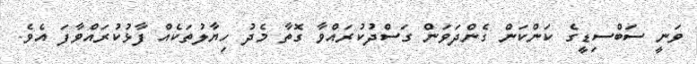
ވަނީ ސަބްސިޑީގެ ކަންކަން ގެންދަވަން ގަސްދުކުރައްވާ ގޮތާ މެދު ހިޔާލުތަކެއް ފާޅުކުރައްވާފަ އެވެ.